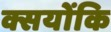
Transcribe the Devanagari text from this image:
क्सयोंकि